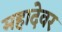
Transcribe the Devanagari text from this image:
महादेवर